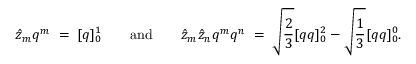
\hat { z } _ { m } q ^ { m } \; = \; [ q ] _ { 0 } ^ { 1 } \qquad \mathrm { a n d } \qquad \hat { z } _ { m } \hat { z } _ { n } q ^ { m } q ^ { n } \; = \; \sqrt { \frac { 2 } { 3 } } [ q q ] _ { 0 } ^ { 2 } - \sqrt { \frac { 1 } { 3 } } [ q q ] _ { 0 } ^ { 0 } .